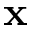
{ \bf x }